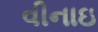
વીનાઇ